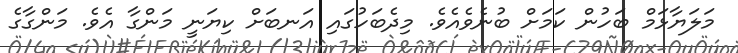
މަލަޔާޅަމް ބަހުން ކަމަށް ބުނެވެއެވެ. މިދެބަހުގައި އަނބަށް ކިޔަނީ މަންގާ އެވެ. މަންގާގެ